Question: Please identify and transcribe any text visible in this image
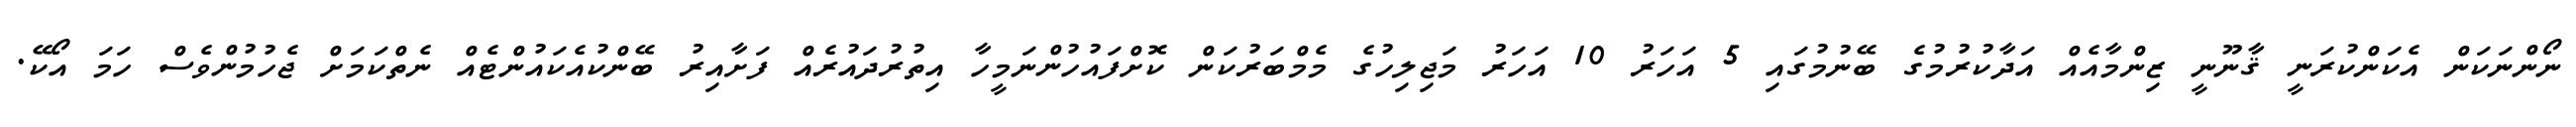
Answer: ނޯންނަކަން އެކަންކުރަނީ ޤާނޫނީ ޒިންމާއެއް އަދާކުރުމުގެ ބޭނުމުގައި 5 އަހަރު 10 އަހަރު މަޖިލިހުގެ މެމްބަރުކަން ކޮށްފައުހުންނަމީހާ އިތުރުދައުރެއް ފަށާއިރު ބޭންކުއެކައުންޓެއް ނެތްކަމަށް ޖެހުމުންވެސް ހަމަ އޯކޭ.